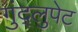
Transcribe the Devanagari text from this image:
गुंद्लुपेट